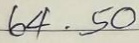
64 . 50